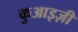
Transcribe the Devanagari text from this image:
कुआइज़ी